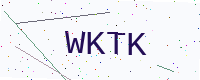
Text: WKTK